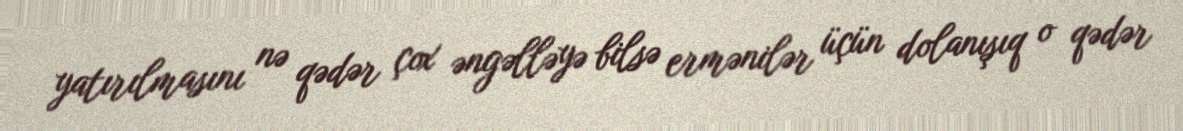
yatırılmasını nə qədər çox əngəlləyə bilsə ermənilər üçün dolanışıq o qədər